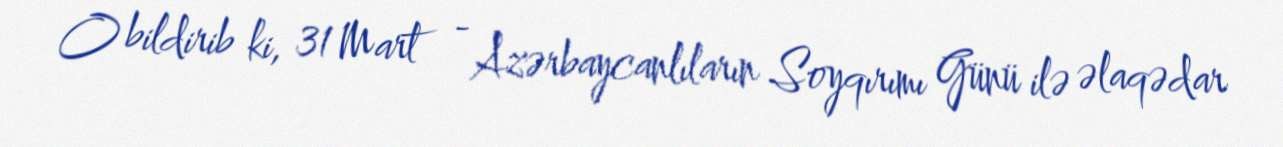
O bildirib ki, 31 Mart - Azərbaycanlıların Soyqırımı Günü ilə əlaqədar